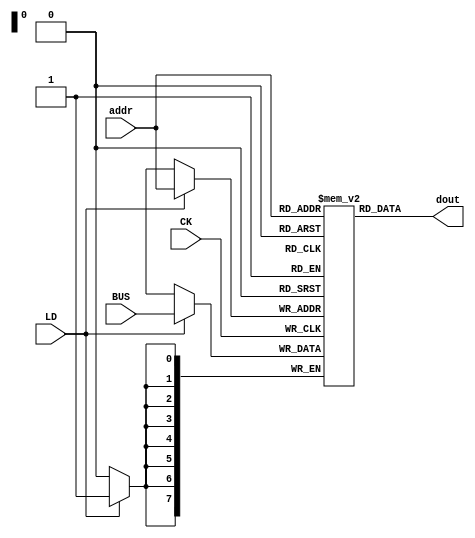
// Data Memory
module dm(dout, addr, BUS, LD, CK);
	output [7:0] dout;
	input [7:0] addr, BUS;
	input LD;
	input CK;
	reg [7:0] mem [0:255];
	integer i;

	initial begin
		for(i =0; i < 256; i = i + 1)
			mem[i] <= 8'd0;
	end

	always @(posedge CK) begin
		if(LD) begin
			mem[addr] <= BUS;
		end
	end

	assign dout = mem[addr];
endmodule




// Lookup Table (decoder)
module lut(LD, SEL, cFlag, OP);
	output [6:0] LD;
	output [2:0] SEL;
	input [4:0] OP;
	input cFlag;

	reg [9:0] mem [0:63];

	assign SEL = mem[{OP, cFlag}];
	assign LD = mem[{OP, cFlag}] >> 3;

	initial begin
		// 	   OP4-0   cFlag         LD6-0    SEL2-0
		mem[{5'b00000, 1'b0}] <= {7'b0000001, 3'b000};// ADD A, Im
		mem[{5'b00000, 1'b1}] <= {7'b0000001, 3'b000};
		mem[{5'b00001, 1'b0}] <= {7'b0000001, 3'b001};// MOV A, B + Im
		mem[{5'b00001, 1'b1}] <= {7'b0000001, 3'b001};
		mem[{5'b00010, 1'b0}] <= {7'b0000001, 3'b010};// IN A, in + Im
		mem[{5'b00010, 1'b1}] <= {7'b0000001, 3'b010};
		mem[{5'b00011, 1'b0}] <= {7'b0000001, 3'b011};// MOV A, Im
		mem[{5'b00011, 1'b1}] <= {7'b0000001, 3'b011};

		mem[{5'b00100, 1'b0}] <= {7'b0000010, 3'b000};// MOV B, A + Im
		mem[{5'b00100, 1'b1}] <= {7'b0000010, 3'b000};
		mem[{5'b00101, 1'b0}] <= {7'b0000010, 3'b001};// ADD B, Im
		mem[{5'b00101, 1'b1}] <= {7'b0000010, 3'b001};
		mem[{5'b00110, 1'b0}] <= {7'b0000010, 3'b010};// IN B, in + Im
		mem[{5'b00110, 1'b1}] <= {7'b0000010, 3'b010};
		mem[{5'b00111, 1'b0}] <= {7'b0000010, 3'b011};// MOV B, Im
		mem[{5'b00111, 1'b1}] <= {7'b0000010, 3'b011};

		mem[{5'b01000, 1'b0}] <= {7'b0000100, 3'b011};// MOV C, Im
		mem[{5'b01000, 1'b1}] <= {7'b0000100, 3'b011};
		mem[{5'b01001, 1'b0}] <= {7'b0001000, 3'b000};// MOV R[C], A + Im
		mem[{5'b01001, 1'b1}] <= {7'b0001000, 3'b000};
		mem[{5'b01010, 1'b0}] <= {7'b0000001, 3'b111};// MOV A, R[C]
		mem[{5'b01010, 1'b1}] <= {7'b0000001, 3'b111};
		mem[{5'b01011, 1'b0}] <= {7'b0000001, 3'b100};// ADD A, R[C]
		mem[{5'b01011, 1'b1}] <= {7'b0000001, 3'b100};

		mem[{5'b01100, 1'b0}] <= {7'b0010000, 3'b001};// OUT B + Im
		mem[{5'b01100, 1'b1}] <= {7'b0010000, 3'b001};
		mem[{5'b01101, 1'b0}] <= {7'b0010000, 3'b011};// OUT Im
		mem[{5'b01101, 1'b1}] <= {7'b0010000, 3'b011};

		mem[{5'b01110, 1'b0}] <= {7'b1000000, 3'b011};// JNC Im (JMP)
		mem[{5'b01110, 1'b1}] <= {7'b0000000, 3'b000};// JNC Im (NOP)

		mem[{5'b01111, 1'b0}] <= {7'b1000000, 3'b011};// JMP Im
		mem[{5'b01111, 1'b1}] <= {7'b1000000, 3'b011};

		mem[{5'b10000, 1'b0}] <= {7'b0100000, 3'b011};// MOV D, Im
		mem[{5'b10000, 1'b1}] <= {7'b0100000, 3'b011};
	end
endmodule




module program_counter_8b(AD, CK, LD, ADR, EVENT, VEC);
	output [7:0] AD;
	input [7:0] ADR, VEC;
	input CK, EVENT;
	input LD;

	reg [7:0] Q;

	initial begin
		Q <= 8'd0;
	end

	always @(posedge CK or posedge EVENT) begin
		if(EVENT && VEC != 8'd0) begin
			Q <= VEC;
		end else begin
			Q <= (LD) ? ADR : Q + 8'd1;
		end
	end

	assign AD = Q;
endmodule




module register_8b(QOUT, CK, LD, BUS);
	output [7:0] QOUT;
	input [7:0] BUS;
	input CK, LD;

	reg [7:0] Q;

	initial begin
		Q <= 8'd0;
	end

	always @(posedge CK) begin
		if(LD) begin
			Q <= BUS;
		end
	end

	assign QOUT = Q;
endmodule




module registers(Aout, Bout, Cout, Dout, Oout, CK, LD, BUS);
	output [7:0] Aout, Bout, Cout, Dout, Oout;
	input [7:0] BUS;
	input [6:0] LD;
	input CK;

	register_8b Areg(Aout, CK, LD[0], BUS);
	register_8b Breg(Bout, CK, LD[1], BUS);
	register_8b Creg(Cout, CK, LD[2], BUS);
	register_8b Dreg(Dout, CK, LD[5], BUS);
	register_8b Oreg(Oout, CK, LD[4], BUS);
endmodule




module sel1(Y, SEL, C0, C1, C2, C3);
	output [7:0] Y;
	input [7:0] C0, C1, C2, C3;
	input [2:0] SEL;

	wire [1:0] select;

	assign select = SEL;
	assign Y = (select == 2'd0) ? C0 :
			   (select == 2'd1) ? C1 :
			   (select == 2'd2) ? C2 : C3;
endmodule




module sel2(Y, SEL, C0, C1);
	output [7:0] Y;
	input [7:0] C0, C1;
	input [2:0] SEL;

	assign Y = (SEL[2] == 1'b0) ? C0 : C1;
endmodule




module alu(BUS, cFlag, Y, IM);
	output [7:0] BUS;
	output cFlag;
	input [7:0] Y, IM;
	wire [8:0] ADD;

	assign ADD = Y + IM;
	assign BUS = ADD;// connect the last 8 bits
	assign cFlag = ADD[8];
endmodule




module dff(D, CK, QOUT);
	input D, CK;
	output QOUT;

	reg Q;

	initial begin
		Q <= 1'd0;
	end

	always @(posedge CK) begin
		Q <= D;
	end

	assign QOUT = Q;
endmodule